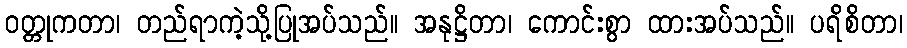
ဝတ္တုကတာ၊ တည်ရာကဲ့သို့ပြုအပ်သည်။ အနုဋ္ဌိတာ၊ ကောင်းစွာ ထားအပ်သည်။ ပရိစိတာ၊